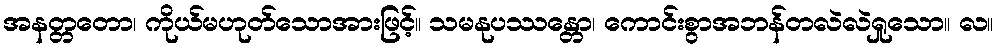
အနတ္တတော၊ ကိုယ်မဟုတ်သောအားဖြင့်။ သမနုပဿန္တော၊ ကောင်းစွာအဘန်တလဲလဲရှုသော။ လ။